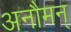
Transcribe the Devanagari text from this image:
अनौमन्